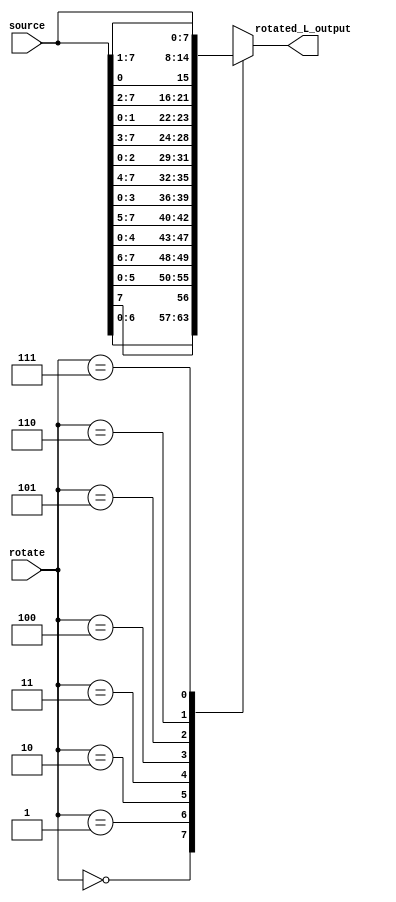
module rotate_left(
    input [7:0] source, //input reg
    input [2:0] rotate, //amount of rotation ... 0 -> 1  rotate
                        //                       2 -> 3  rotates
                        //                       7 -> no rotates
    output reg [7:0] rotated_L_output
);

    always @* begin
        case (rotate)
            3'b000:  rotated_L_output = { source[6:0], source[7]   };
            3'b001:  rotated_L_output = { source[5:0], source[7:6] };
            3'b010:  rotated_L_output = { source[4:0], source[7:5] };
            3'b011:  rotated_L_output = { source[3:0], source[7:4] };
            3'b100:  rotated_L_output = { source[2:0], source[7:3] };
            3'b101:  rotated_L_output = { source[1:0], source[7:2] };
            3'b110:  rotated_L_output = { source[0],   source[7:1] };
            3'b111:  rotated_L_output = source;
            default: rotated_L_output = source;
        endcase
    end

endmodule